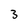
Character: 3